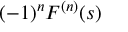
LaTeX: ( - 1 ) ^ { n } F ^ { ( n ) } ( s )